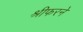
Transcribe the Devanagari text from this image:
श्रीफरने